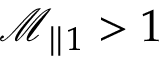
\mathcal { M } _ { \parallel 1 } > 1